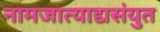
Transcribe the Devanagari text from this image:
नामजात्याद्यसंयुत